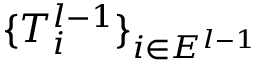
\{ T _ { i } ^ { l - 1 } \} _ { i \in E ^ { l - 1 } }